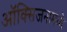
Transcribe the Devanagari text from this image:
ऑक्सिजनामध्ये